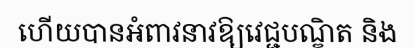
ហើយបានអំពាវនាវឱ្យវេជ្ជបណ្ឌិត និង